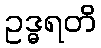
ဥဒ္ဓရတိ